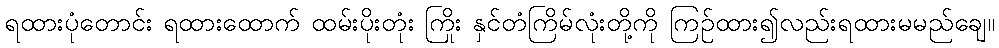
ရထားပုံတောင်း ရထားထောက် ထမ်းပိုးတုံး ကြိုး နှင်တံကြိမ်လုံးတို့ကို ကြဉ်ထား၍လည်းရထားမမည်ချေ။